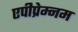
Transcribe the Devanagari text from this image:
एपीप्रेम्नम